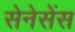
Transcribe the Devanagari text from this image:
सेनेसेंस